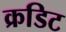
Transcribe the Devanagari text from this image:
क्रडिट